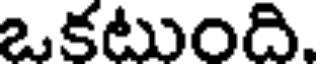
ఒకటుంది.